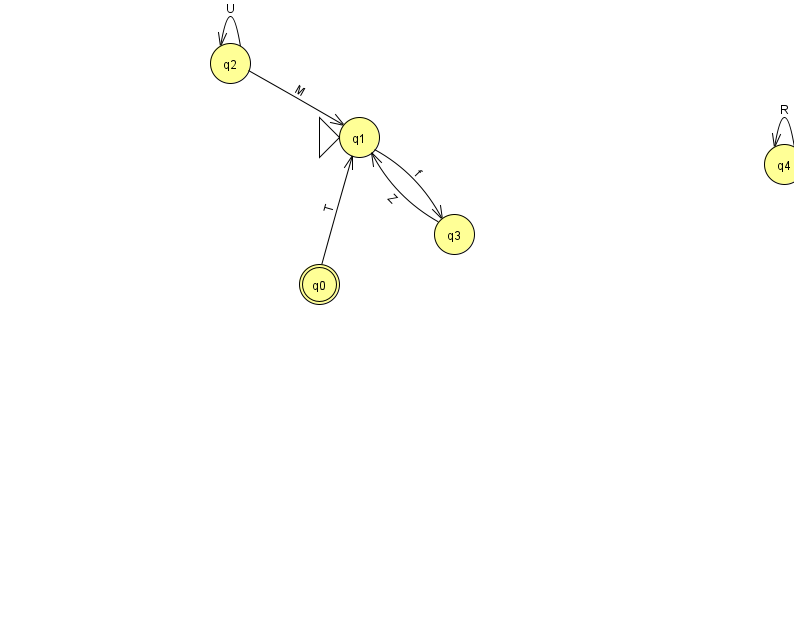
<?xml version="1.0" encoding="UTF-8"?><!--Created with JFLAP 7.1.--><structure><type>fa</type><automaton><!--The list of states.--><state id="0" name="q0"><x>319.0</x><y>271.0</y><final/></state><state id="1" name="q1"><x>359.0</x><y>124.0</y><initial/></state><state id="2" name="q2"><x>230.0</x><y>50.0</y></state><state id="3" name="q3"><x>454.0</x><y>221.0</y></state><state id="4" name="q4"><x>784.0</x><y>151.0</y></state><!--The list of transitions.--><transition><from>1</from><to>3</to><read>f</read></transition><transition><from>4</from><to>4</to><read>R</read></transition><transition><from>2</from><to>2</to><read>U</read></transition><transition><from>2</from><to>1</to><read>M</read></transition><transition><from>3</from><to>1</to><read>Z</read></transition><transition><from>0</from><to>1</to><read>T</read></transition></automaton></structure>